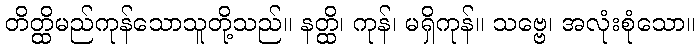
တိတ္ထိမည်ကုန်သောသူတို့သည်။ နတ္ထိ၊ ကုန်၊ မရှိကုန်။ သဗ္ဗေ၊ အလုံးစုံသော။